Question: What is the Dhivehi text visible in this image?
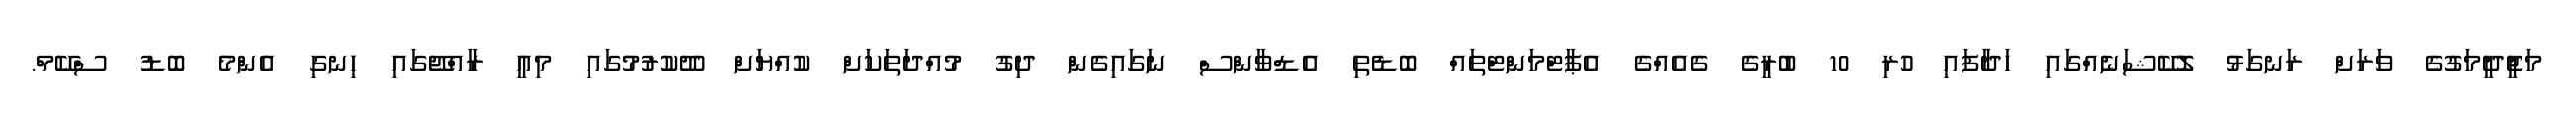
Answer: މަޖީދީމަގުގެ ވަރަށް ރަނގަޅު ލޮކޭޝަނެއްގައި ހަދާފައި ހުރި 10 ބުރީގެ ގެއެއްގެ އެޕާޓްމަންޓްތައް ބޮޑެތި އެޑްވާންސް ނަގައިގެން ދިގު މުއްދަތަކަށް ކުއްޔަށް ދޫކުރުމުގައި މިއީ ރާއްޖޭގައި ހިނގި އެންމެ ބޮޑު ސްކޭމް.